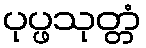
ပုပ္ဖသုတ္တံ